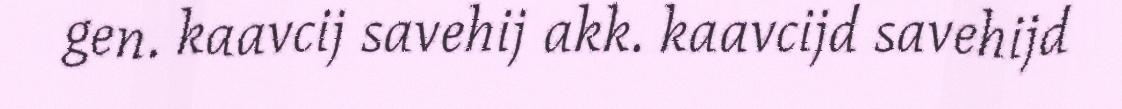
gen. kaavcij savehij akk. kaavcijd savehijd